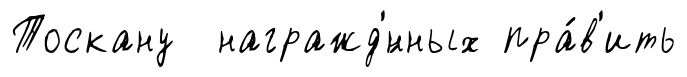
Тоскану награжд'́нных пра́в'ить